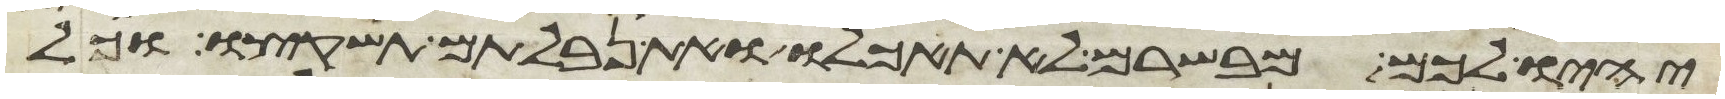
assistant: יהיו לכם מבשרם לא תאכלו ואת נבלתם תשקצו וכל